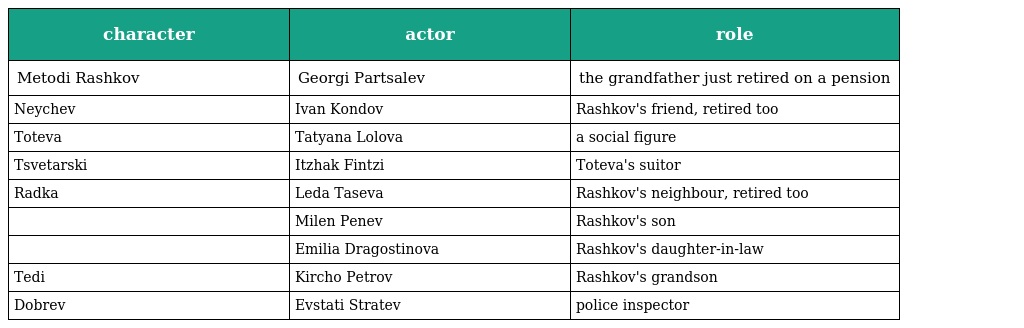
| character | actor | role |
 | --- | --- | --- |
 | Metodi Rashkov | Georgi Partsalev | the grandfather just retired on a pension |
 | Neychev | Ivan Kondov | Rashkov's friend, retired too |
 | Toteva | Tatyana Lolova | a social figure |
 | Tsvetarski | Itzhak Fintzi | Toteva's suitor |
 | Radka | Leda Taseva | Rashkov's neighbour, retired too |
 |  | Milen Penev | Rashkov's son |
 |  | Emilia Dragostinova | Rashkov's daughter-in-law |
 | Tedi | Kircho Petrov | Rashkov's grandson |
 | Dobrev | Evstati Stratev | police inspector |